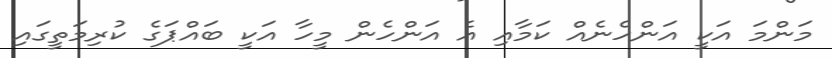
މަންމަ އަކީ އަންހެނެއް ކަމާއި އެ އަންހެން މީހާ އަކީ ބައްޕަގެ ކުރިމަތީގައި